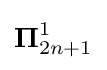
{\boldsymbol {\Pi }}_{2n+1}^{1}